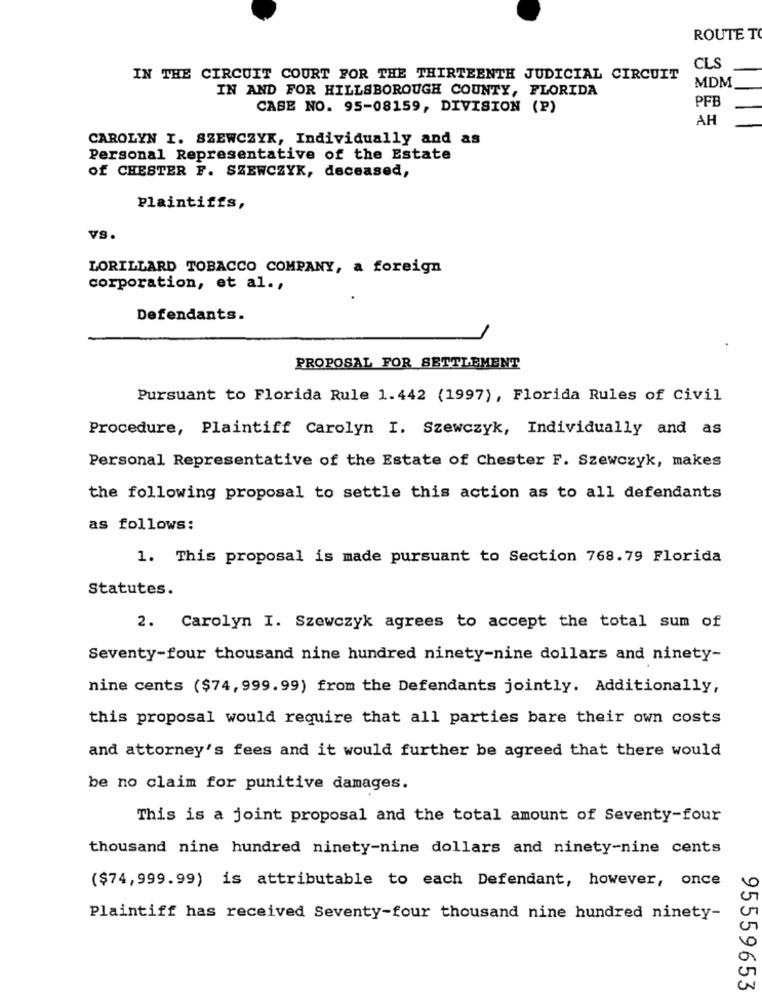
ROUTE TO
CLS
IN THE CIRCUIT COURT FOR THE THIRTEENTH JUDICIAL CIRCUIT
IN AND FOR HILLSBOROUGH COUNTY, FLORIDA
MDM
PFB
CASE NO. 95-08159, DIVISION (P)
AH
CAROLYN I. SZEWCZYK, Individually and as
Personal Representative of the Estate
Of CHESTER F. SZEWCZYK, deceased,
Plaintiffs,
vs.
LORILLARD TOBACCO COMPANY, a foreign
corporation, et al .,
Defendants.
PROPOSAL FOR SETTLEMENT
Pursuant to Florida Rule 1.442 (1997), Florida Rules of Civil
Procedure, Plaintiff Carolyn I. Szewczyk, Individually and as
Personal Representative of the Estate of Chester F. Szewczyk, makes
the following proposal to settle this action as to all defendants
as follows:
1. This proposal is made pursuant to Section 768.79 Florida
Statutes.
2. Carolyn I. Szewczyk agrees to accept the total sum of
Seventy-four thousand nine hundred ninety-nine dollars and ninety-
nine cents ($74, 999.99) from the Defendants jointly. Additionally,
this proposal would require that all parties bare their own costs
and attorney's fees and it would further be agreed that there would
be no claim for punitive damages.
This is a joint proposal and the total amount of Seventy-four
thousand nine hundred ninety-nine dollars and ninety-nine cents
($74,999.99) is attributable to each Defendant, however, once
Plaintiff has received Seventy-four thousand nine hundred ninety-
95559653